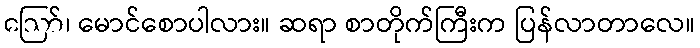
ဪ၊ မောင်စောပါလား။ ဆရာ စာတိုက်ကြီးက ပြန်လာတာလေ။